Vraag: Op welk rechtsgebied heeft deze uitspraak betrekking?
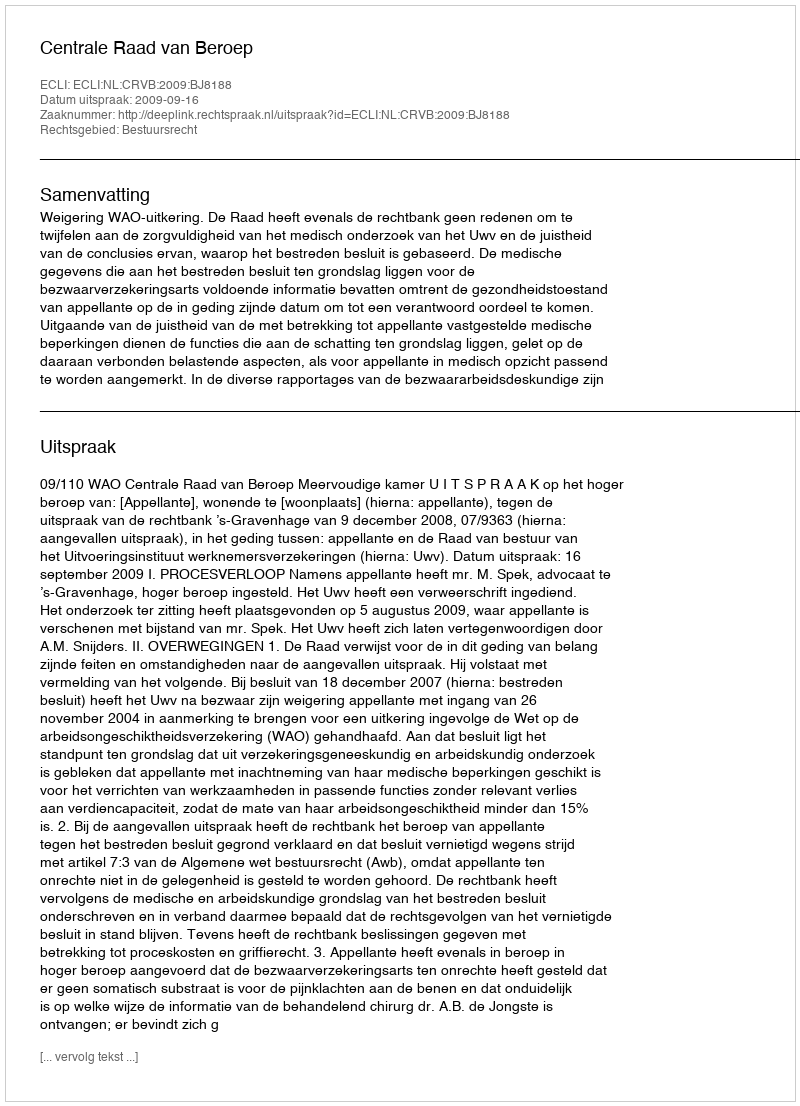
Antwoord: Bestuursrecht